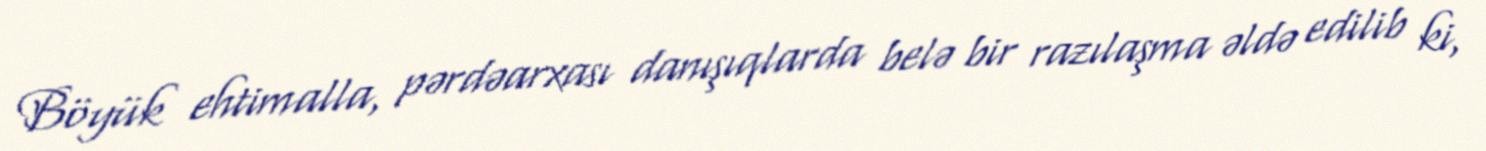
Böyük ehtimalla, pərdəarxası danışıqlarda belə bir razılaşma əldə edilib ki,